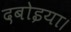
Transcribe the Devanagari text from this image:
दबोइया।